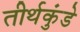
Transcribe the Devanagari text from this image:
तीर्थकुंडे